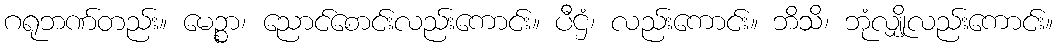
ဂရုဘဏ်တည်း။ မေဉ္စာ၊ ညောင်စောင်းလည်းကောင်း။ ပီဌံ၊ လည်းကောင်း။ ဘိသိ၊ ဘုံလျှိုလည်းကောင်း။